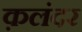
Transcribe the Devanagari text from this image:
क़लंदर